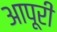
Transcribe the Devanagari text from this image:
आपूरी